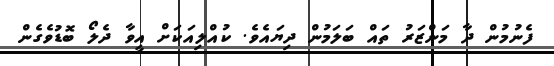
ފެނުމުން ދާ މަންޒަރު ތައް ބަލަމުން ދިޔައެވެ. ކުއްލިއަކަށް އީވާ ދެލޯ ބޮޑުވެގެން